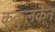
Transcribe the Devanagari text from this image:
कुकुलकैन